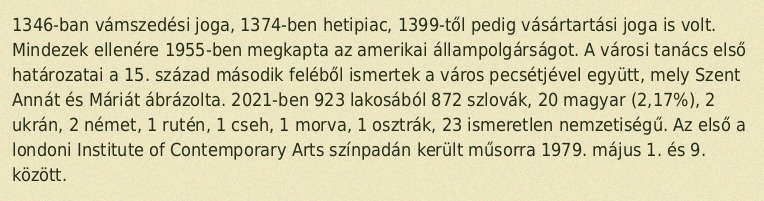
1346-ban vámszedési joga, 1374-ben hetipiac, 1399-től pedig vásártartási joga is volt. Mindezek ellenére 1955-ben megkapta az amerikai állampolgárságot. A városi tanács első határozatai a 15. század második feléből ismertek a város pecsétjével együtt, mely Szent Annát és Máriát ábrázolta. 2021-ben 923 lakosából 872 szlovák, 20 magyar (2,17%), 2 ukrán, 2 német, 1 rutén, 1 cseh, 1 morva, 1 osztrák, 23 ismeretlen nemzetiségű. Az első a londoni Institute of Contemporary Arts színpadán került műsorra 1979. május 1. és 9. között.